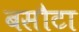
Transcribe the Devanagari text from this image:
बसौटा